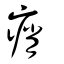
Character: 痟